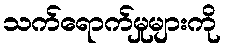
သက်ရောက်မှုများကို